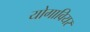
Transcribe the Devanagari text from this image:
योगावियर